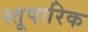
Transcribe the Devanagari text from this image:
स्तूपारिक